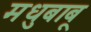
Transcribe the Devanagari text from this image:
मधुबाबू